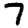
Digit: 7